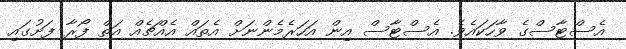
އެސްޓާސްގެ ވާހަކައެވެ. އެސްޓާސް އިން އަހަރެމެންނަށް އެތައް އެއްޗެއް އަތް ފޯރާ ފަށުގައި